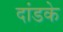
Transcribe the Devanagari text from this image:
दांडके